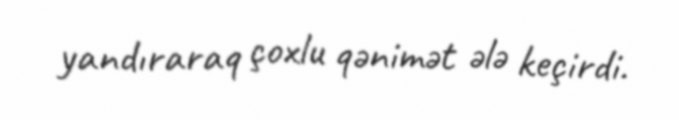
yandıraraq çoxlu qənimət ələ keçirdi.